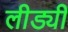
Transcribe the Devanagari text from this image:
लीड्यी